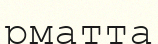
рматта